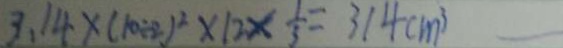
3 . 1 4 \times ( 1 0 \div 2 ) ^ { 2 } \times 1 2 \times \frac { 1 } { 3 } = 3 1 4 c m ^ { 3 }